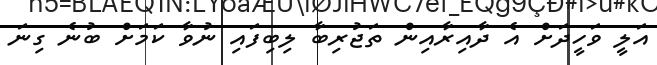
އަލީ ވަހީދަށް އެ ދާއިރާއިން ތަޖުރިބާ ލިބިފައި ނުވާ ކަމަށް ބުނެ ގިނަ